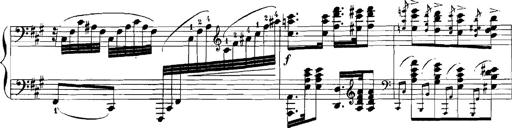
Title: Rhapsodies hongroises
Composer: Franz Liszt